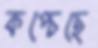
কপ্‌চেছে